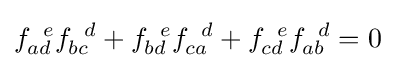
f_{ad}^{\;\;e}f_{bc}^{\;\;d}+f_{bd}^{\;\;e}f_{ca}^{\;\;d}+f_{cd}^{\;\;e}f_{ab}^{\;\;d}=0